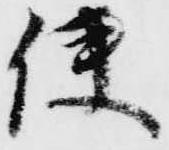
使